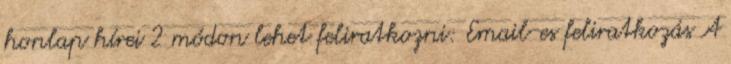
honlap hírei 2 módon lehet feliratkozni: Email-es feliratkozás A